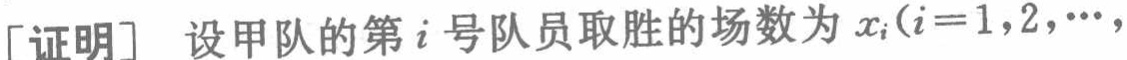
[证明] 设甲队的第\(i\)号队员取胜的场数为\(x_{i}(i = 1,2,\cdots,\)